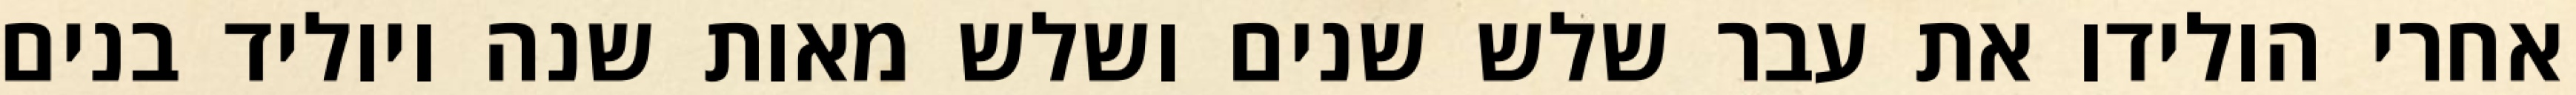
אחרי הולידו את עבר שלש שנים ושלש מאות שנה ויוליד בנים